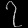
Digit: ၇